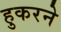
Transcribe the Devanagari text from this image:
हुकरने